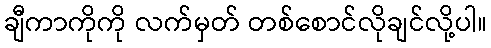
ချီကာကိုကို လက်မှတ် တစ်စောင်လိုချင်လို့ပါ။